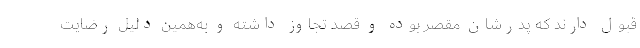
قبول دارند که پدرشان مقصر بوده و قصد تجاوز داشته و به‌همین دلیل رضایت